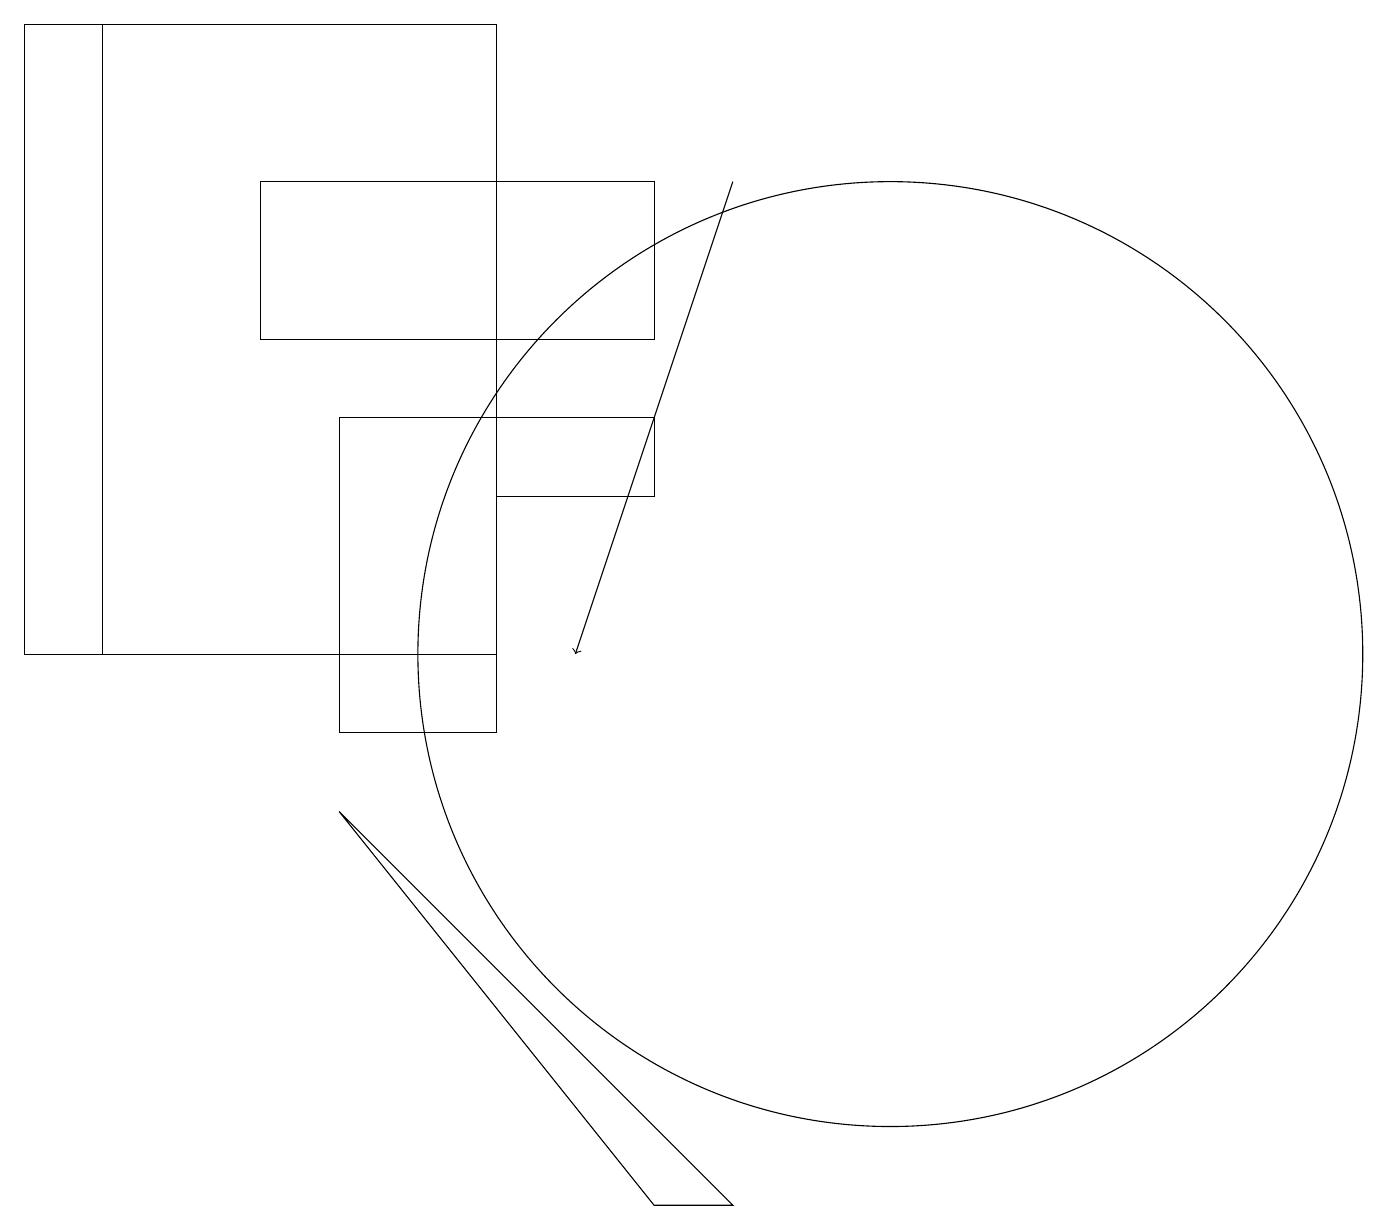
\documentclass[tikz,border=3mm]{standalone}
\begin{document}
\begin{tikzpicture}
\draw (0,19) rectangle (1,11);
\draw (8,17) rectangle (3,15);
\draw (8,13) rectangle (6,14);
\draw (8,4) -- (9,4) -- (4,9) -- cycle;
\draw (1,19) rectangle (6,11);
\draw[->] (9,17) -- (7,11);
\draw (11,11) circle (6);
\draw (4,10) rectangle (6,14);
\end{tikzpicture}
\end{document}